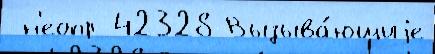
 н'еопр 42328 Вызыва́ющиjе